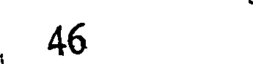
46